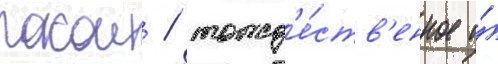
покои / тожд'е́ств'енное и́